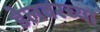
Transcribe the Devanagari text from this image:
डेलवरच्या